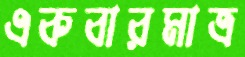
একবারমাত্র